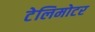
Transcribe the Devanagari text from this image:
टेलिमोटर